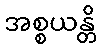
အစ္စယန္တိ